Annual report of lunatic asylums [Bombay] - 1912-1922
Year: 1912
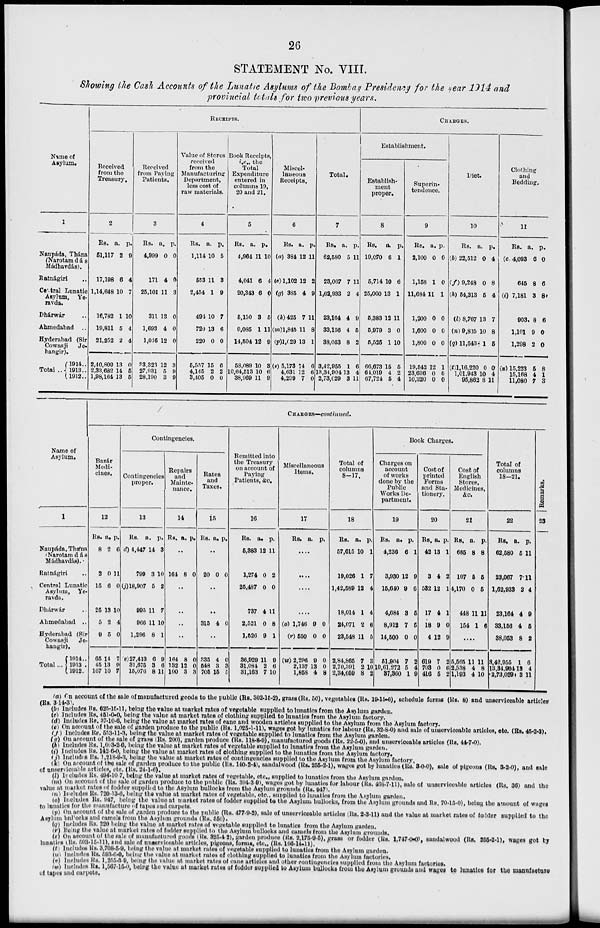
26
STATEMENT No. VIII.
Showing the Cash Accounts of the Lunatic Asylums of the Bombay Presidency for the near 1914 and
provincial totals for two previous years.
Name of
Asylum.
1
Naupáda, Thána
(Narotam dás
Mádhavdás).
Ratnágiri
Central Lunatic
Asylum, Ye-
ravda.
Dhárwár
Ahmedabad
..
Hyderabad (Sir
Cowasji Je-
hangir).
Total ..
19l4..
1913..
1912..
RECEIPTS.
Received
from the
Treasury.
2
Rs.
51,117
17,198
1,14,648
16,782
19,811
21,252
2,40,809
2,33,682
1,98,164
a.
2
6
10
1
5
2
13
14
13
p.
9
4
7
10
4
4
0
5
5
Received
from Paying
Patients.
3
Rs.
4,999
171
25,101
311
1,693
1,016
33,323
27,931
28,190
a.
0
4
11
13
4
12
12
5
3
p.
0
0
3
0
0
0
3
9
9
Value of Stores
received
from the
Manufacturing
Department,
less cost of
raw materials.
4
Rs.
1,114
553
2,454
494
720
220
5,557
4,145
3,405
a.
10
11
1
10
13
0
15
2
0
p.
5
3
9
7
6
0
6
2
0
Book Receipts,
i.e., the
Total
Expenditure
entered in
columns 19,
20 and 21.
5
Rs.
4,964
4,041
20,343
5,150
9,085
14,504
58,089
10,64,513
38,969
a.
11
6
6
3
1
12
10
10
11
p.
10
4
0
5
11
9
3
6
9
Miscel-
laneous
Receipts.
6
Rs.
(a) 384
(c)1,102
(g) 385
(k) 425
(m)1,845
(p)1,029
(s) 5,173
4,631
4,299
a.
12
12
4
7
11
13
14
12
7
p.
11
2
9
11
8
1
6
6
0
Total.
7
Rs.
62,580
23,067
1,62,933
23,164
33,156
38,053
3,42,955
13,34,904
2,73,029
a.
6
7
2
4
4
8
1
13
3
p.
11
11
4
9
5
2
6
4
11
CHARGES.
Establishment.
Establish-
ment
proper.
8
Rs.
19,070
6,714
25,000
5,383
5,979
5,525
66,673
64,019
67,724
a.
6
10
13
12
3
1
15
4
5
p.
1
6
1
11
0
10
5
2
4
Superin-
tendence.
9
Rs.
2,100
1,158
11,684
1,200
1,600
1,800
19,542
23,636
10,320
a.
0
1
11
0
0
0
12
0
0
p.
0
0
1
0
0
0
1
0
0
Diet.
10
Rs.
(b) 22,512
(f) 9,248
(h) 54,313
(l) 8,767
(n) 9,835
(q) 11,543
(t)1,16,220
1,01,943
95,862
a.
0
0
5
13
10
1
0
10
8
p.
4
8
4
7
8
5
0
4
11
Clothing
and
Bedding.
11
Rs.
(c) 4,093
645
(i) 7,181
903.
1,101
1,298
(u) 15,223
15,168
11,080
a.
6
8
3
8
9
2
5
4
7
p.
0
6
8
6
0
0
8
1
3
Name of
Asylum.
1
Naupáda.Thána
(Narotamdás
Madhavdás).
Ratnágiri
Central Lunatic
Asylum, Ye-
ravda.
Dhárwár ..
Ahmedabad ..
Hyderabad (Sir
Cowasji Je-
hangir).
Total ...
1914 . .
1913 . .
1912 . .
CHARGES—continued.
Bazár
Medi-
cines.
12
Rs.
8
2
15
25
5
9
65
45
167
a.
2
0
6
13
2
5
14
13
10
p.
6
11
0
10
4
0
7
9
7
Contingencies.
Contingencies
proper.
13
Rs.
d) 4,447
799
(j)18,907
995
966
1,296
(v) 27,413
31,675
15,076
a.
14
3
5
11
11
8
6
3
8
p.
3
10
2
7
10
1
9
6
11
Repairs
and
Mainte-
nance.
14
Rs. a. p.
..
164 8 0
..
..
..
..
164
132
100
8
12
3
0
0
3
Rates
and
Taxes.
15
Rs. a. p.
..
20 0 0
..
. .
315 4 0
..
335
548
705
4
3
15
0
3 5
Remitted into
the Treasury
on account of
Paying
Patients, &c.
16
Rs.
5,383
1,274
25,487
737
2,521
1,526
36,929
31,084
31,163
a.
12
0
0
4
0
9
11
2
7
p.
11
2
0
11
8
1
9
6
10
Miscellaneous
Items.
17
Rs.
a. p.
......
.......
.......
......
(o) 1,746
(r) 550
(w) 2,296
2,137
1,858
9
0
9
13
4
0
0
0
0
8
Total of
columns
8-17.
18
Rs.
57,615
19,026
1,42,589
18,014
24,071
23,548
2,84,865
2,70,391
2,34,059
a.
10
1
12
1
2
11
7
2
8
p.
1
7
4
4
6
5
3
10
2
Book Charges.
Charges on
account
of works
done by the
Public
Works De-
partment.
19
Rs.
4,236
3,930
15,640
4,684
8,912
14,500
51,904
10,61,273
37,360
a.
6
12
9
3
7
0
7
5
1
p.
1
9
6
5
5
0
2
4
9
Cost of
printed
Forms
and Sta-
tionery.
20
Rs.
42
3
532
17
18
4
619
703
416
a.
13
4
12
4
9
12
7
0
5
p.
1
2
1
1
0
9
2
6
2
Cost of
English
Stores,
Medicines,
21
Rs.
685
107
4,170
448
154
a.
8
5
0
11
1
p.
8
5
5
11
6
....
5,565
2,538
1,193
11
4
4
11
8
10
Total of
columns
18-21.
22
Rs.
62,580
23,067
1,62,933
23,164
33,156
38,053
3,42,955
13,34,904
2,73,029
a.
5
7
2
4
4
8
1
13
3
p.
11
11
4
9
5
2
6
4
11
Remarks.
23
(a) On account of the sale of manufactured goods to the public (Rs. 302-15-2), grass (Rs. 50), vegetables (Rs. 19-15-6), schedule forms (Rs. 8) and unserviceable articles
(Rs. 3-14-3).
(b) Includes Rs. 625-15-11, being the value at market rates of vegetable supplied to lunatics from the Asylum garden.
(c) Includes Rs. 451-0-0, being the value at market rates of clothing supplied to lunatics from the Asylum factory.
(d) Includes Rs. 37-10-6, being the value at market rates of cane and wooden articles supplied to the Asylum from the Asylum factory.
(e) On account of the sale of garden produce to the public (Rs. 1,025-1-11), wages got by lunatics for labour (Rs. 32-8-0) and sale of unserviceable articles, etc. (Rs. 45-2-3).
(f) Includes Rs. 553-11-3, being the value at market rates of vegetable supplied to lunatics from the Asylum garden.
(g) On account of the sale of grass (Rs. 200), garden produce (Rs. 118-8-9), manufactured goods (Rs. 22-5-0), and unserviceable articles (Rs. 44-7-0).
(h) Includes Rs. l,093-2-6, being the value at market rates of vegetable supplied to lunatics from the Asylum garden.
(i) Includes Rs. 142-6-0, being the value at market rates of clothing supplied to the lunatics from the Asylum factory.
(j) Includes Rs. 1,218-9-3, being the value at market rates of contingencies supplied to the Asylum from the Asylum factory.
(k) On account of the sale of garden produce to the public (Rs. 140-2-4), sandalwood (Rs. 255-2-1), wages got by lunatics (Rs. 3-0-0), sale of pigeons (Rs. 3-2-0), and sale
of unserviceable articles, etc. (Rs. 24-1-6).
(l) Includes Rs. 494-10-7, being the value at market rates of vegetable, etc., supplied to lunatics from the Asylum garden.
(m) On account of the sale of garden produce to the public (Rs. 394-3 9), wages got by lunatics for labour (Rs. 468-7-11), sale of unserviceable articles (Rs. 36) and the
value at market rates of fodder supplied to the Asylum bullocks from the Asylum grounds (Rs. 947).
(n) Includes Rs. 720-13-6, being the value at market rates of vegetable, etc., supplied to lunatics from the Asylum garden.
(o) Includes Rs. 947, being the value at market rates of fodder supplied to the Asylum bullocks, from the Asylum grounds and Rs.70-15-0), being the amount of wages
to lunatics for the manufacture of tapes and carpets.
(p) On account of the sale of garden produce to the public (Rs. 477-9-2), sale of unserviceable articles (Rs. 2-3-11) and the value at market rates of fodder supplied to the
Asylum bullocks and camels from the Asylum grounds (Rs. 550).
(q) Includes Rs. 220 being the value at market rates of vegetable supplied to lunatics from the Asylum garden.
(r) Being the value at market rates of fodder supplied to the Asylum bullocks and camels from the Asylum grounds.
(s) On account of the sale of manufactured goods (Rs. 325-4-2), garden produce (Rs. 2,175-9-5), grass or fodder (Rs. l,747-0-0), sandalwood (Rs. 255-2-1), wages got by
lunatics (Rs. 503-15-11), and sale of unserviceable articles, pigeons, forms, etc., (Rs. 166-14-11).
(t) Includes Rs. 3,708-5-9, being the value at market rates of vegetable supplied to lunatics from the Asylum garden.
(u) Includes Rs. 593-6-0, being the value at market rates of clothing supplied to lunatics from the Asylum factories.
(v) Includes Rs. 1,255-3-9, being the value at market rates of cane articles and other contingencies supplied from the Asylum factories.
(w) Includes Rs. 1,567-15-0, being the value at market rates of fodder supplied to Asylum bullocks from the Asylum grounds and wages to lunatics for the manufacture
of tapes and carpets.